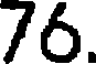
76.